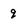
Character: q